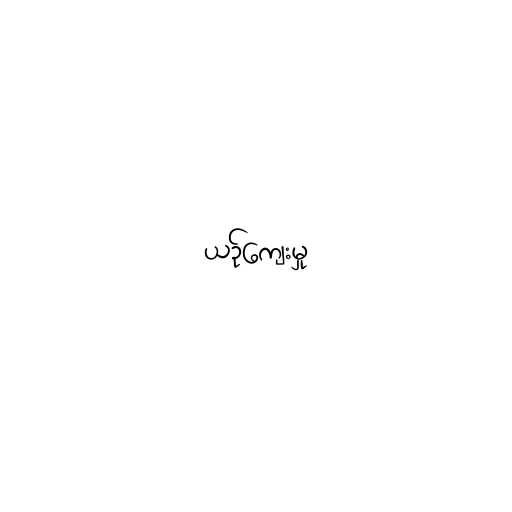
ယဉ်ကျေးမှု